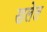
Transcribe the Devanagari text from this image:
खलेल